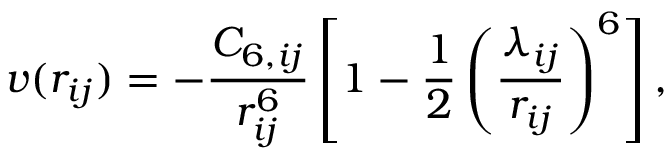
v ( r _ { i j } ) = - \frac { C _ { 6 , i j } } { r _ { i j } ^ { 6 } } \left[ 1 - \frac { 1 } { 2 } \left( \frac { \lambda _ { i j } } { r _ { i j } } \right) ^ { 6 } \right] ,